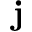
{ \bf j }